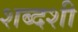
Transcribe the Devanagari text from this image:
शब्दशी